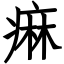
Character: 痳